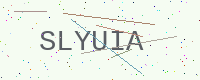
Text: SLYUIA